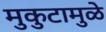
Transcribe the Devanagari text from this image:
मुकुटामुळे